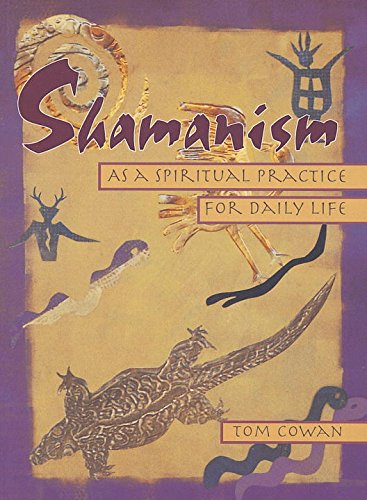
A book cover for Shamanism As a Spiritual Practice for Daily Life; Thomas Dale Cowan; Religion & Spirituality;